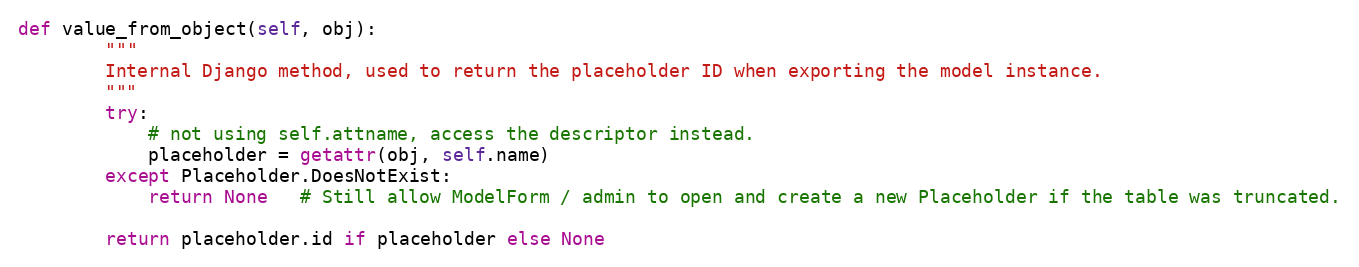
Language: Python
def value_from_object(self, obj):
        """
        Internal Django method, used to return the placeholder ID when exporting the model instance.
        """
        try:
            # not using self.attname, access the descriptor instead.
            placeholder = getattr(obj, self.name)
        except Placeholder.DoesNotExist:
            return None   # Still allow ModelForm / admin to open and create a new Placeholder if the table was truncated.

        return placeholder.id if placeholder else None